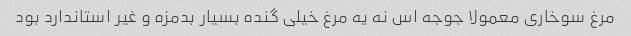
مرغ سوخاری معمولا جوجه اس نه یه مرغ خیلی گنده بسیار بدمزه و غیر استاندارد بود